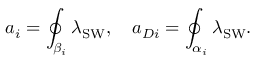
a _ { i } = \oint _ { \beta _ { i } } \lambda _ { \mathrm { S W } } , \quad a _ { D i } = \oint _ { \alpha _ { i } } \lambda _ { \mathrm { S W } } .